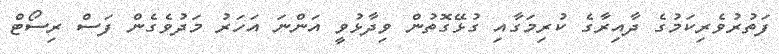
ފަތުރުވެރިކަމުގެ ދާއިރާގެ ކުރިމަގާއި ގުޅޭގޮތުން ވިދާޅުވީ އަންނަ އަހަރު މަދުވެގެން ފަސް ރިސޯޓް